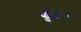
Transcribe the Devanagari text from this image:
क्षुअन